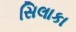
સિલાકા